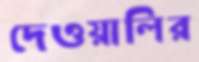
দেওয়ালির